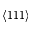
\langle 1 1 1 \rangle